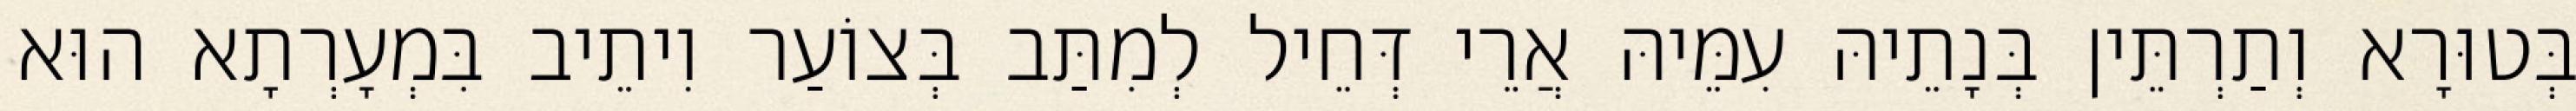
בְּטוּרָא וְתַרְתֵּין בְּנָתֵיהּ עִמֵּיהּ אֲרֵי דְּחֵיל לְמִתַּב בְּצוֹעַר וִיתֵיב בִּמְעָרְתָא הוּא